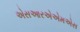
એસઆરએએમએસ